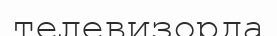
телевизорда